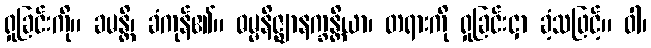
ရှုခြင်းကို။ ခမန္တိ၊ ခံကုန်၏။ ဓမ္မနိဇ္ဈာနက္ခန္တိယာ၊ တရားကို ရှုခြင်းငှာ ခံ့သဖြင့်။ ဝါ၊